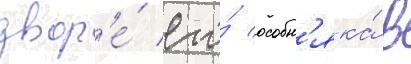
двор'е́ его́ особн'яка́ в